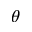
\theta